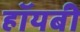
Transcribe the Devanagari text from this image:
हॉयबी